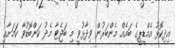
އިދިކޮޅު އެމްޑީޕީގެ ބައެއް މެންބަރުން ވިދާޅުވީ މި ބަޖެޓާ މެދު ކަންބޮޑުވާ ކަަމަށާއި